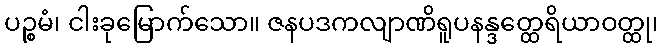
ပဉ္စမံ၊ ငါးခုမြောက်သော။ ဇနပဒကလျာဏိရူပနန္ဒတ္ထေရိယာဝတ္ထု၊